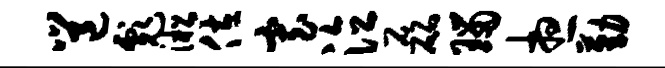
邕彪淞佐寡泣磊瑙想勤